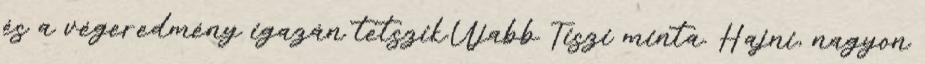
és a végeredmény igazán tetszik.Újabb Tiszi minta. Hajni, nagyon